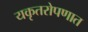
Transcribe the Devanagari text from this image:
यकृतरोपणात